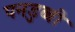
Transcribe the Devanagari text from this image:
पनडुव्बी